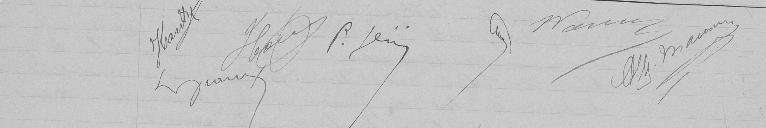
Hantz